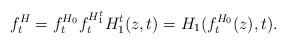
LaTeX: \begin{align*}f_{t}^{H}=f_{t}^{H_{0}}f_{t}^{H_{1}^{t}}H_{1}^{t}(z,t)=H_{1}(f_{t}^{H_{0}}(z),t). \end{align*}